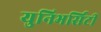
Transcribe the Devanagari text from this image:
युनिभर्सिटी